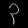
Digit: ၃